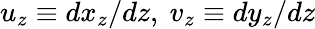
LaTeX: u_{z}\equiv dx_{z}/dz,~v_{z}\equiv dy_{z}/dz